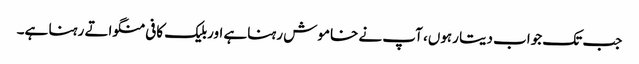
جب تک جواب دیتا رہوں، آپ نے خاموش رہناہے اوربلیک کافی منگواتے رہنا ہے۔